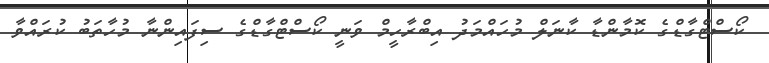
ކޯސްޓްގާޑްގެ ކޮމާންޑާ ކާނަލް މުހައްމަދު އިބްރާހީމް ވަނީ ކޯސްޓްގާޑްގެ ސިފައިންނާ މުހާތަބު ކުރައްވާ